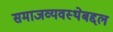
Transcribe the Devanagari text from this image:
समाजव्यवस्थेबद्दल